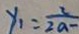
y _ { 1 } = \frac { 2 } { 2 a - }